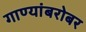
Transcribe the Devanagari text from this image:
गाण्यांबरोबर